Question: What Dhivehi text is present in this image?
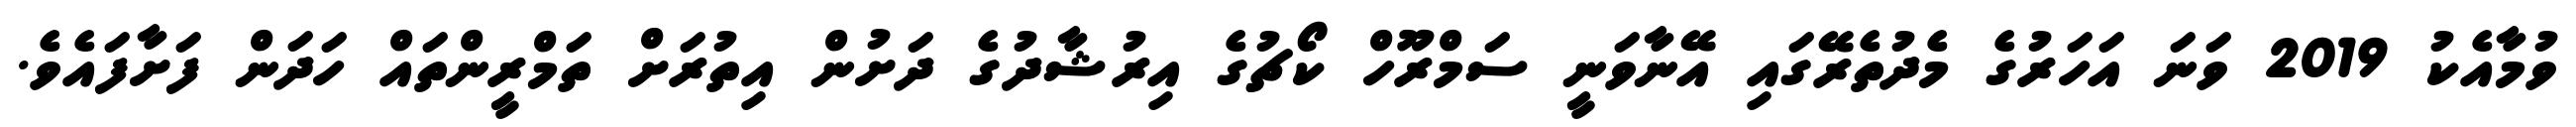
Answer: ވުމާއެކު 2019 ވަނަ އަހަރުގެ މެދުތެރޭގައި އޭނާވަނީ ސަމްރޫހް ކޯޗުގެ އިރުޝާދުގެ ދަށުން އިތުރަށް ތަމްރީންތައް ހަދަން ފަށާފައެވެ.